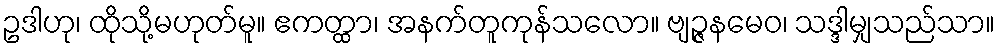
ဥဒါဟု၊ ထိုသို့မဟုတ်မူ။ ဧကတ္ထာ၊ အနက်တူကုန်သလော။ ဗျဉ္ဇနမေဝ၊ သဒ္ဒါမျှသည်သာ။